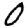
Digit: 0